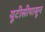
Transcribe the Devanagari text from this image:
यूटीसीपासून